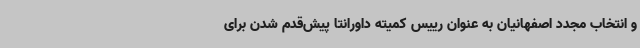
و انتخاب مجدد اصفهانیان به عنوان رییس کمیته داورانتا پیش‌قدم شدن برای